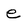
Character: e